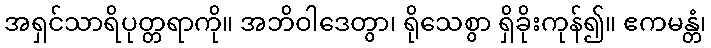
အရှင်သာရိပုတ္တရာကို။ အဘိဝါဒေတွာ၊ ရိုသေစွာ ရှိခိုးကုန်၍။ ဧကမန္တံ၊